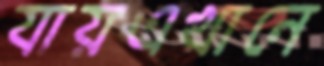
যায়এখানে